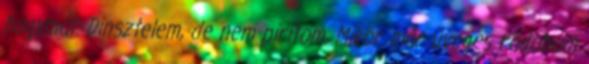
hagymát. Dinsztelem, de nem pirítom. Mikor már üveges rádobom